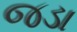
જડા